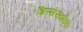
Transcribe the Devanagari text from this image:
धिस्सेरखाँकडे